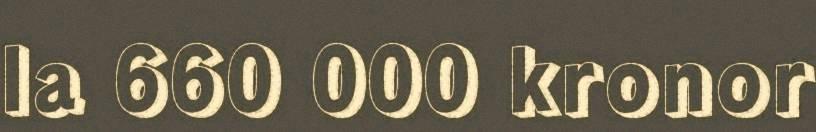
la 660 000 kronor